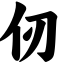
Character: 仞